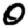
Digit: 0